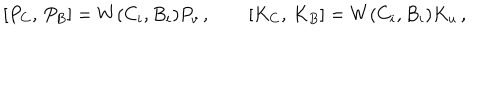
{ } [ P _ { C } , \, P _ { B } ] = W ( C _ { i } , B _ { i } ) P _ { v } \, , \qquad [ K _ { C } , \, K _ { B } ] = W ( C _ { i } , B _ { i } ) K _ { u } \, ,